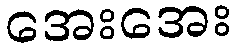
အေးအေး